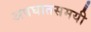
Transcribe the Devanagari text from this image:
अपघातसमयी